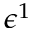
\epsilon ^ { 1 }